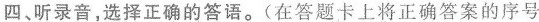
四、听录音,选择正确的答语.(在答题卡上将正确答案的序号